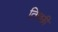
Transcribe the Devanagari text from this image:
तिच्छी